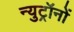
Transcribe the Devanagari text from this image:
न्युट्रॉनों